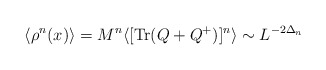
\begin{align*}\langle \rho^n(x)\rangle = M^n\langle [\mbox{Tr}(Q + Q^+)]^n\rangle\sim L^{- 2\Delta_n} \end{align*}